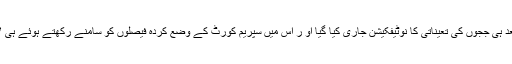
دوسری طرف حکومت کے قانونی مشیروں کا کہنا ہے کہ مشاورت کا عمل مکمل کرنے کے بعد ہی ججوں کی تعیناتی کا نوٹیفکیشن جاری کیا گیا او ر اس میں سپریم کورٹ کے وضع کردہ فیصلوں کو سامنے رکھتے ہوئے ہی لاہور ہائی کورٹ کے سب سے سینیئر جج کو عدالت عظمیٰ میں تعینات کرنے کا فیصلہ کیا گیا ۔